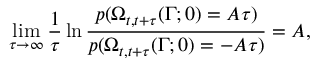
\operatorname* { l i m } _ { \tau \rightarrow \infty } \frac { 1 } { \tau } \ln \frac { p ( \Omega _ { t , t + \tau } ( \Gamma ; 0 ) = A \tau ) } { p ( \Omega _ { t , t + \tau } ( \Gamma ; 0 ) = - A \tau ) } = A ,